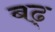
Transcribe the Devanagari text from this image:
बढ्